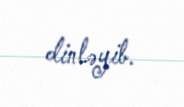
dinləyib.